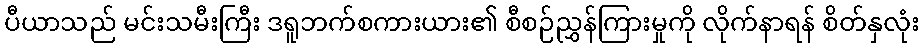
ပီယာသည် မင်းသမီးကြီး ဒရူဘက်စကားယား၏ စီစဉ်ညွှန်ကြားမှုကို လိုက်နာရန် စိတ်နှလုံး